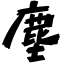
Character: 塵